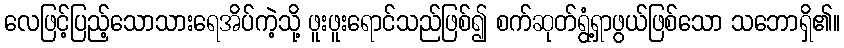
လေဖြင့်ပြည့်သောသားရေအိပ်ကဲ့သို့ ဖူးဖူးရောင်သည်ဖြစ်၍ စက်ဆုတ်ရွံ့ရှာဖွယ်ဖြစ်သော သဘောရှိ၏။